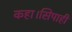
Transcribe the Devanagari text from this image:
कहा।सिपाही